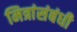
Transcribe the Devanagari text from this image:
मित्रांसंबंधी